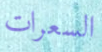
السعرات